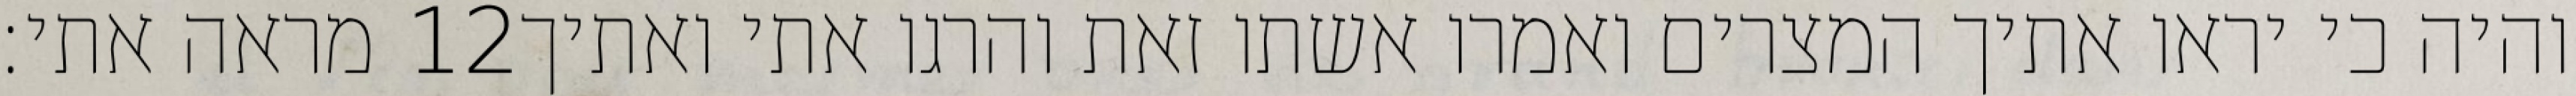
מראה אתי׃ ‎12‏ והיה כי יראו אתיך המצרים ואמרו אשתו זאת והרגו אתי ואתיך